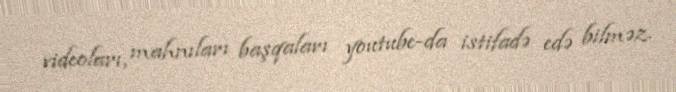
videoları, mahnıları başqaları youtube-da istifadə edə bilməz.